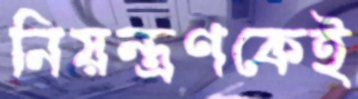
নিয়ন্ত্রণকেই